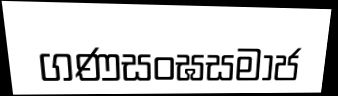
ගණසංඝසමාජ